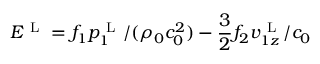
E ^ { \mathrm { ~ L ~ } } = f _ { 1 } p _ { 1 } ^ { \mathrm { ~ L ~ } } / ( \rho _ { 0 } c _ { 0 } ^ { 2 } ) - \frac { 3 } { 2 } f _ { 2 } v _ { 1 z } ^ { \mathrm { ~ L ~ } } / c _ { 0 }